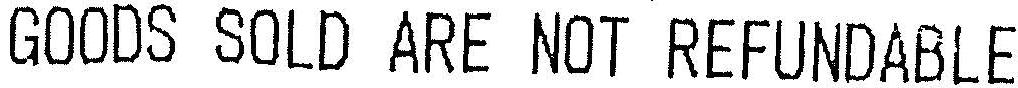
GOODS SOLD ARE NOT REFUNDABLE